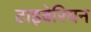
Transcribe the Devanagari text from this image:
टाइबेरियन